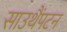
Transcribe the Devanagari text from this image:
साउथैंपटन